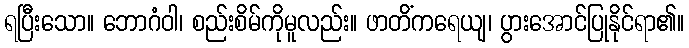
ရပြီးသော။ ဘောဂံဝါ၊ စည်းစိမ်ကိုမူလည်း။ ဖာတိံကရေယျ၊ ပွားအောင်ပြုနိုင်ရာ၏။